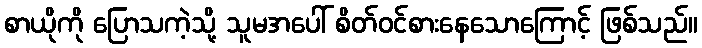
စာယိုကို ပြောသကဲ့သို့ သူမအပေါ် စိတ်ဝင်စားနေသောကြောင့် ဖြစ်သည်။